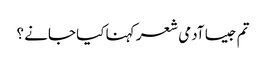
تم جیسا آدمی شعر کہنا کیا جانے ؟